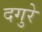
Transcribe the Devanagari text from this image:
दगुरे